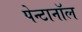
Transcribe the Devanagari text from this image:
पेन्टानॉल